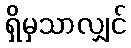
ရှိမှသာလျှင်